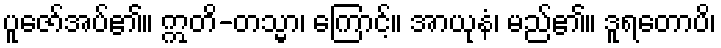
ပူဇော်အပ်၏။ ဣတိ-တသ္မာ၊ ကြောင့်။ အာယုနံ၊ မည်၏။ ဒူရတောပိ၊